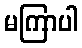
မကြာပါ